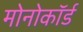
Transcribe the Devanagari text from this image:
मोनोकॉर्ड